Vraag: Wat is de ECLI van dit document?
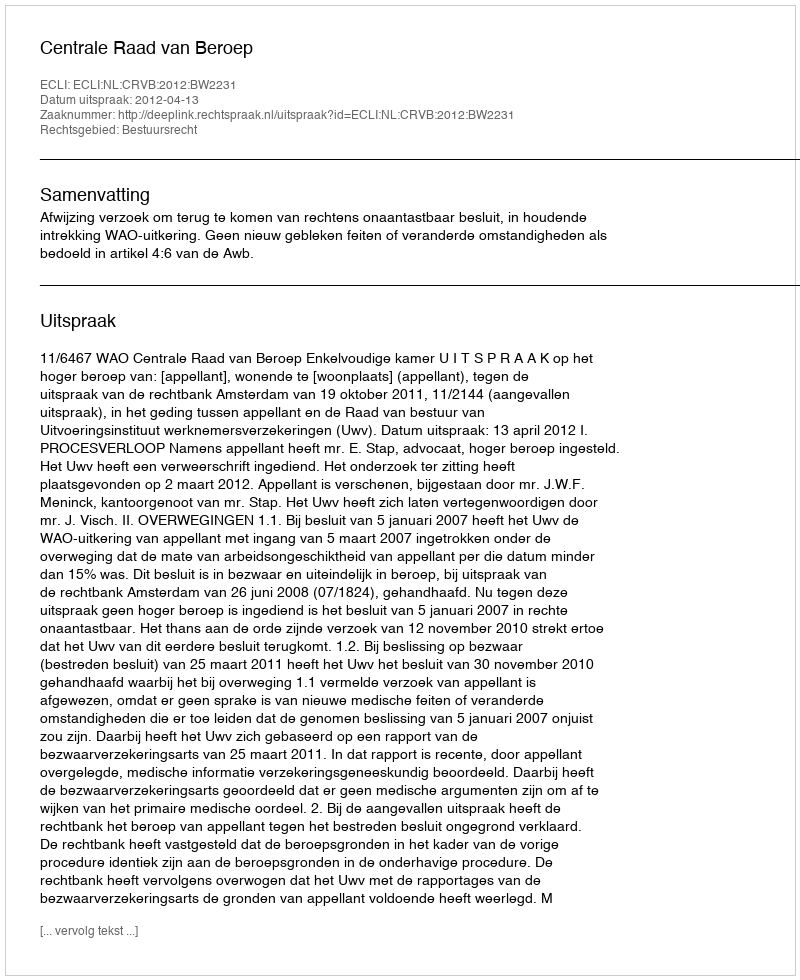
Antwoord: ECLI:NL:CRVB:2012:BW2231